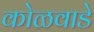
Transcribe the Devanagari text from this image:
कोळवाडे